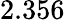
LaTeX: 2.356